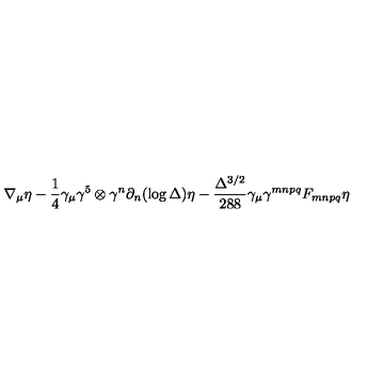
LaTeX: \nabla _ { \mu } \eta - \frac { 1 } { 4 } \gamma _ { \mu } \gamma ^ { 5 } \otimes \gamma ^ { n } \partial _ { n } ( \log \Delta ) \eta - \frac { \Delta ^ { 3 / 2 } } { 2 8 8 } \gamma _ { \mu } \gamma ^ { m n p q } F _ { m n p q } \eta \,